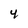
Character: 4